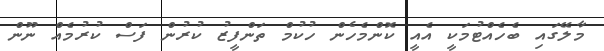
މާލޭގައި ބެހެއްޓުމަކީ އެއީ ކޮންމެހެން ހުކުމް ތަންފީޒު ކުރުން ފަސް ކުރުމެއް ނޫން